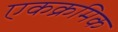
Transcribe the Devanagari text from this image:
एकक्रमिक